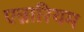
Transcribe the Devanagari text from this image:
एन्नारियम